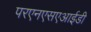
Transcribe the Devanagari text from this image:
परएनएसएआईडी